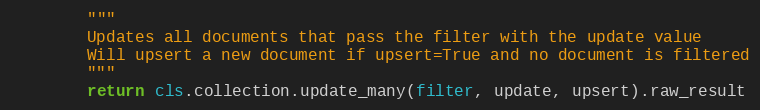
Language: Python
        """
        Updates all documents that pass the filter with the update value
        Will upsert a new document if upsert=True and no document is filtered
        """
        return cls.collection.update_many(filter, update, upsert).raw_result